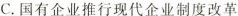
C.国有企业推行现代企业制度改革